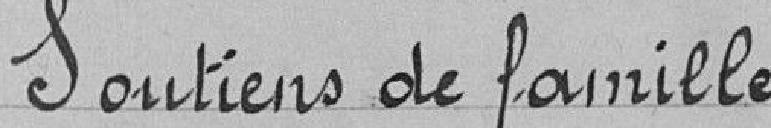
Soutiens de famille